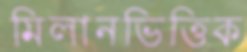
মিলানভিত্তিক